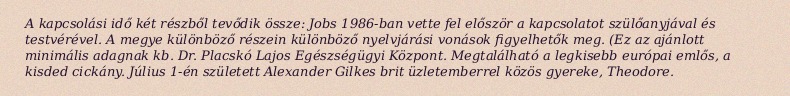
A kapcsolási idő két részből tevődik össze: Jobs 1986-ban vette fel először a kapcsolatot szülőanyjával és testvérével. A megye különböző részein különböző nyelvjárási vonások figyelhetők meg. (Ez az ajánlott minimális adagnak kb. Dr. Placskó Lajos Egészségügyi Központ. Megtalálható a legkisebb európai emlős, a kisded cickány. Július 1-én született Alexander Gilkes brit üzletemberrel közös gyereke, Theodore.